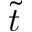
\widetilde { t }